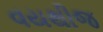
વયથીજ